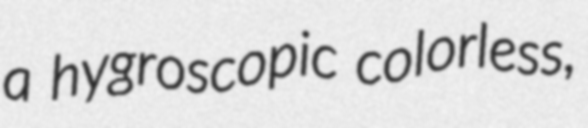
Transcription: a hygroscopic colorless,